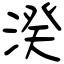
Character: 湀